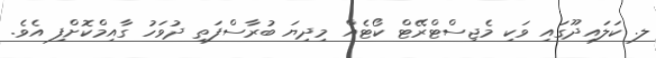
ލ. ކަލައިދޫގައި ވަކި މެޖިސްޓްރޭޓް ކޯޓެއް މިދިޔަ ބުރާސްފަތި ދުވަހު ގާއިމްކޮށްފި އެވެ.